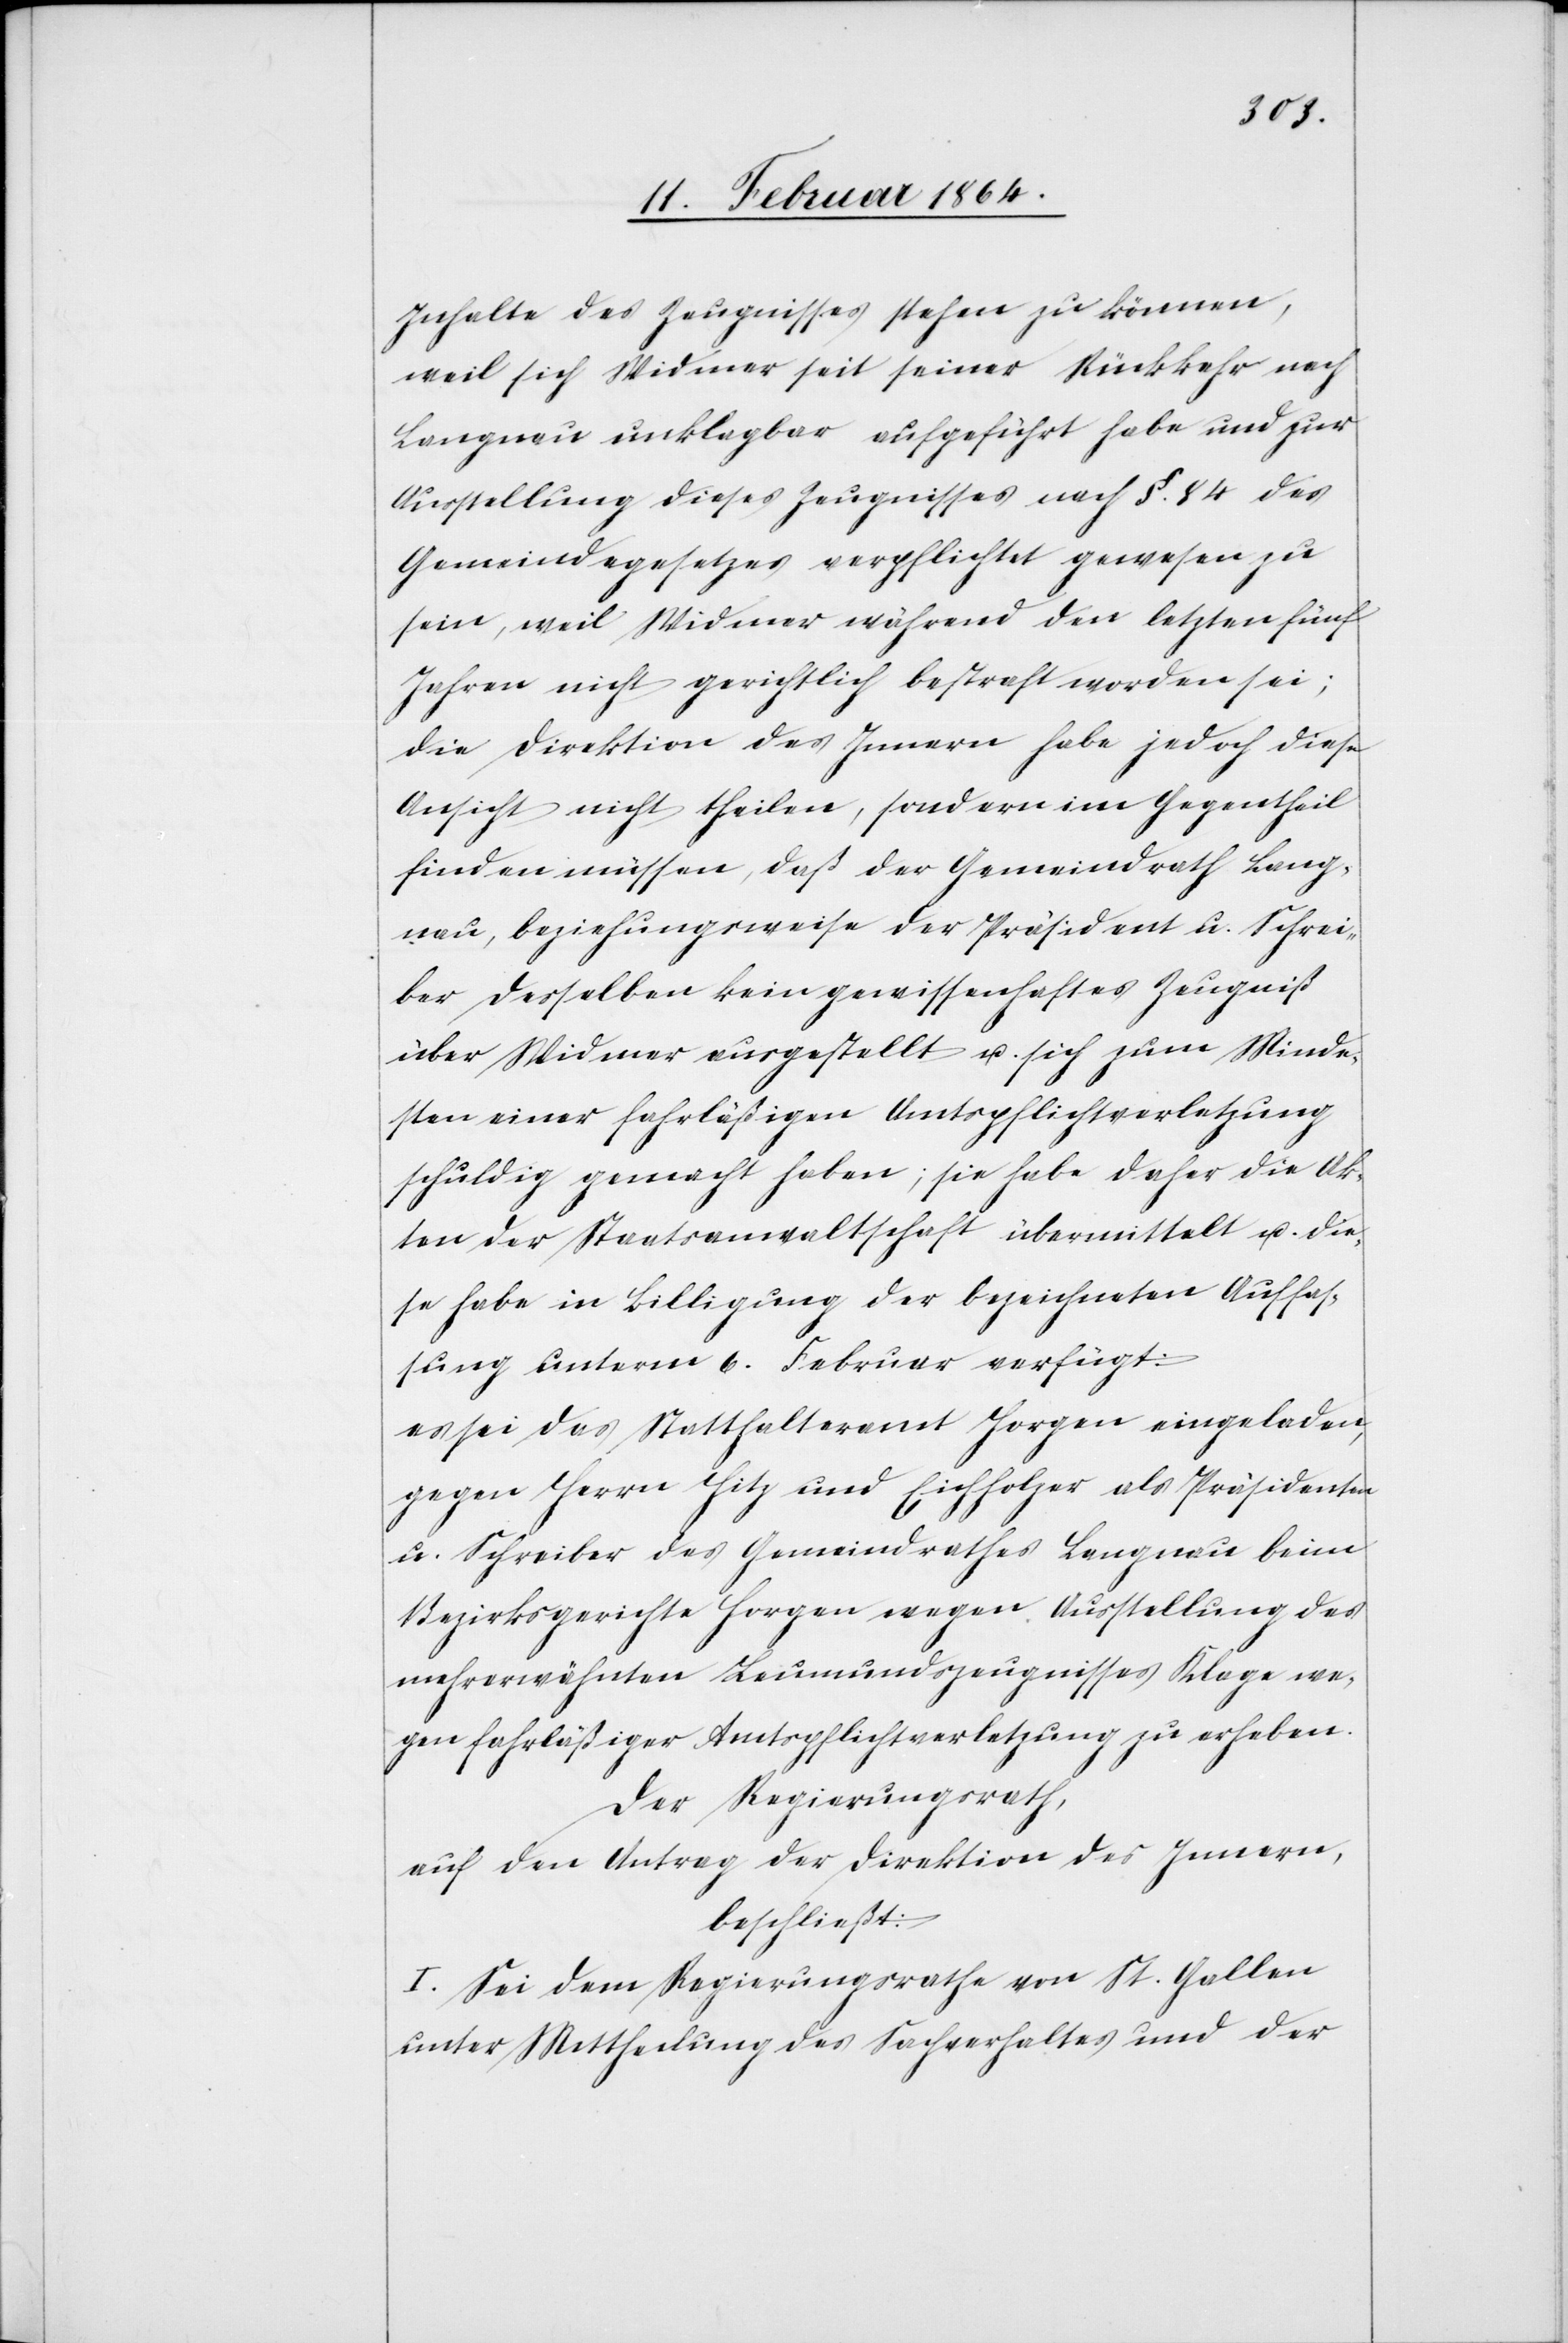
Inhalte des Zeugnisses stehen zu können,
weil sich Widmer seit seiner Rückkehr nach
Langnau unklagbar aufgeführt habe und zur
Ausstellung dieses Zeugnisses nach §. 84 des
Gemeindegesetzes verpflichtet gewesen zu
sein, weil Widmer während den letzten fünf
Jahren nicht gerichtlich bestraft worden sei;
die Direktion des Innern habe jedoch diese
Ansicht nicht theilen, sondern im Gegentheil
finden müssen, daß der Gemeindrath Lang¬
nau, beziehungsweise der Präsident u. Schrei¬
ber derselben kein gewissenhaftes Zeugniß
über Widmer ausgestellt u. sich zum Minde¬
sten einer fahrläßigen Amtspflichtverletzung
schuldig gemacht haben; sie habe daher die Ak¬
ten der Staatsanwaltschaft übermittelt u. die¬
se habe in Billigung der bezeichneten Auffas¬
sung unterm 6. Februar verfügt:
es sei das Statthalteramt Horgen eingeladen,
gegen Herrn Hitz und Eichholzer als Präsidenten
u. Schreiber des Gemeindrathes Langnau beim
Bezirksgerichte Horgen wegen Ausstellung des
mehrerwähnten Leumundszeugnisses Klage we¬
gen fahrläßiger Amtspflichtverletzung zu erheben.
Der Regierungsrath,
auf den Antrag der Direktion des Innern,
beschließt:
I. Sei dem Regierungsrathe von St. Gallen
unter Mittheilung des Sachverhaltes und der